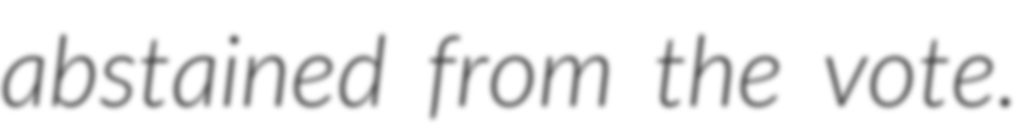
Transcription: abstained from the vote.